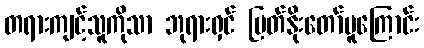
တရားကျင့်သူကိုသာ ဘုရားရှင် မြတ်နိုးတော်မူကြောင်း